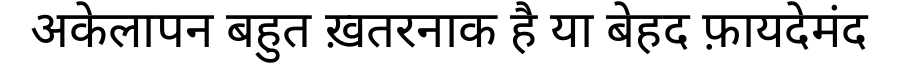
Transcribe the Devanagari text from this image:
अकेलापन बहुत ख़तरनाक है या बेहद फ़ायदेमंद